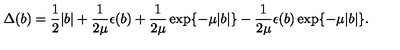
\Delta ( b ) = \frac { 1 } { 2 } \vert b \vert + \frac { 1 } { 2 \mu } \epsilon ( b ) + \frac { 1 } { 2 \mu } \exp \{ - \mu \vert b \vert \} - \frac { 1 } { 2 \mu } \epsilon ( b ) \exp \{ - \mu \vert b \vert \} .